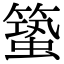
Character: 𥳎